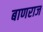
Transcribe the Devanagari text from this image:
बाणराज